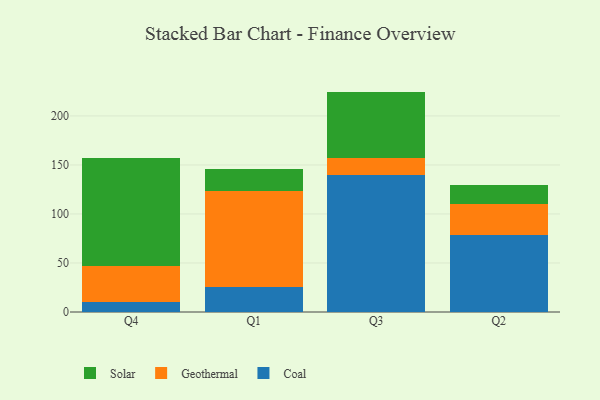
{"axis": {"x": "Quarter", "y": "Conversion Rate (%)"}, "legend": ["Coal", "Geothermal", "Solar"], "data": [{"x": "Q4", "y": 10.5, "type": "Coal"}, {"x": "Q4", "y": 36.7, "type": "Geothermal"}, {"x": "Q4", "y": 110.2, "type": "Solar"}, {"x": "Q1", "y": 25.5, "type": "Coal"}, {"x": "Q1", "y": 97.6, "type": "Geothermal"}, {"x": "Q1", "y": 23.2, "type": "Solar"}, {"x": "Q3", "y": 139.7, "type": "Coal"}, {"x": "Q3", "y": 17.1, "type": "Geothermal"}, {"x": "Q3", "y": 68.0, "type": "Solar"}, {"x": "Q2", "y": 78.2, "type": "Coal"}, {"x": "Q2", "y": 32.3, "type": "Geothermal"}, {"x": "Q2", "y": 18.8, "type": "Solar"}]}